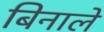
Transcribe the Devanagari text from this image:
बिनाले